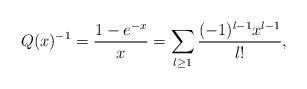
LaTeX: \begin{align*} Q(x)^{-1} = \frac{1-e^{-x}}{x} = \sum_{l \geq 1} \frac{(-1)^{l-1}x^{l-1}}{l!},\end{align*}